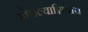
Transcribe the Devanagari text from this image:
खेळल्याशिवाय